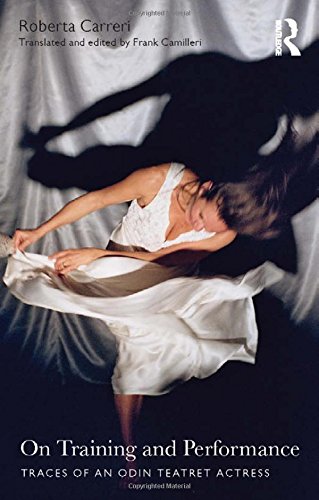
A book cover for On Training and Performance: Traces of an Odin Teatret Actress; Roberta Carreri; Biographies & Memoirs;